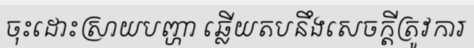
ចុះដោះស្រាយបញ្ហា ឆ្លើយតបនឹងសេចក្តីត្រូវការ